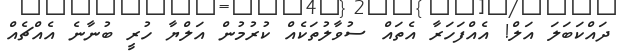
ދައްކަބަލަ އަލް! އެއްފަހަރާ އެތައް ސުވާލުތަކެއް ކުރުމުން އަލްޔާ ހުރީ ބުނާނެ އެއްޗެއް